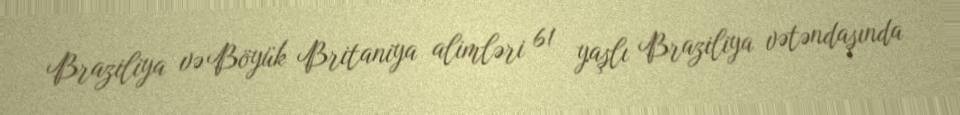
Braziliya və Böyük Britaniya alimləri 61 yaşlı Braziliya vətəndaşında